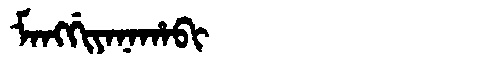
Manchu: ᠮᠠᠩᡤᡳᠶᠠᠨᠠᡥᠠᠪᡳ
Romanization: MANGGIYANAHABI